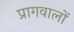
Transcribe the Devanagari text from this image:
प्रागवालों